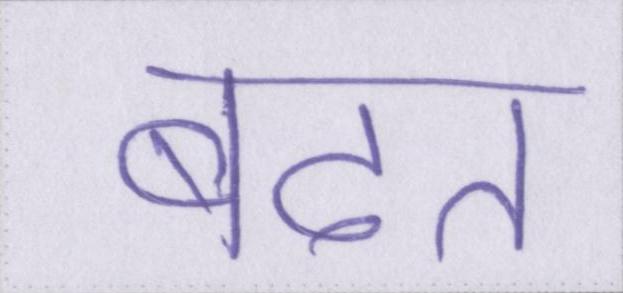
बढत